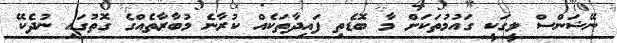
ނޭޝަންސް ލީގަކީ ގައުމުތަކަށް މާ ބޮޑެތި ފައިދާތަކެއް ކުރާނެ މުބާރާތެއްގެ ގޮތުގައި ނުދެކޭ